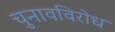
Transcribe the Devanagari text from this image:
चुनावविरोध